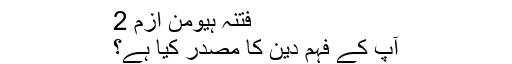
فتنۂ ہیومن ازم 2
آپ کے فہم دین کا مصدر کیا ہے؟